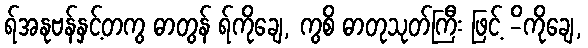
ရ်အနုဗန်နှင့်တကွ ဓာတွန် ရ်ကိုချေ, ကွစိ ဓာတုသုတ်ကြီး ဖြင့် -ိကိုချေ,